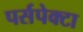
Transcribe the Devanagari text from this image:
पर्सपेक्टा